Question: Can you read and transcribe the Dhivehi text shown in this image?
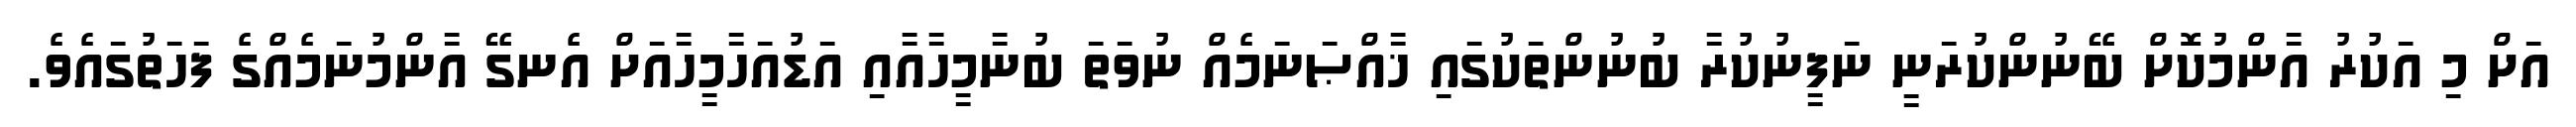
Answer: އަށް މި އަކުރު އާންމުކޮށް ބޭނުންކުރަނީ ނަފީނުކުރާ ބުނުންތަކުގައި ޚާއްޞަނަމެއް ނުވަތަ ބުނާމީހާއާއި އަޑުއަހާމީހާއަށް އެނގޭ އާންމުނަމެއްގެ ފަހަތުގައެވެ.